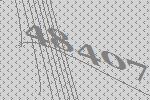
48407